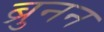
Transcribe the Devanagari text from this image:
ब्रुनन